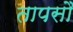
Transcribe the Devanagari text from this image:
तापसौ